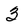
Character: 3